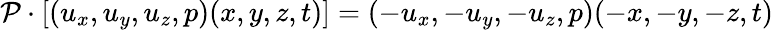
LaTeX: \mathcal{P}\cdot[(u_{x},u_{y},u_{z},p)(x,y,z,t)]=(-u_{x},-u_{y},-u_{z},p)(-x,-y,-z,t)